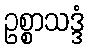
ဥစ္စာသဒ္ဒံ